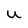
Character: u